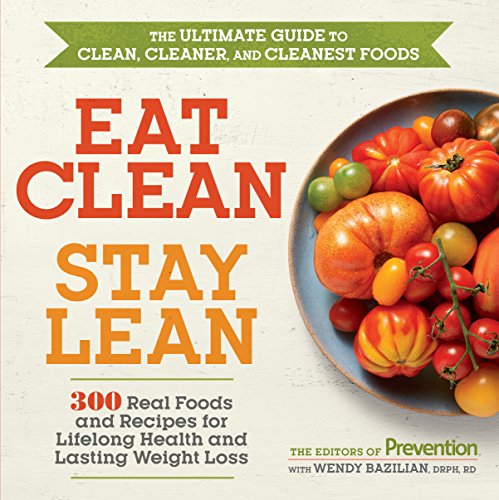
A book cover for Eat Clean, Stay Lean: 300 Real Foods and Recipes for Lifelong Health and Lasting Weight Loss; Editors of Prevention; Cookbooks, Food & Wine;